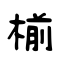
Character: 椾